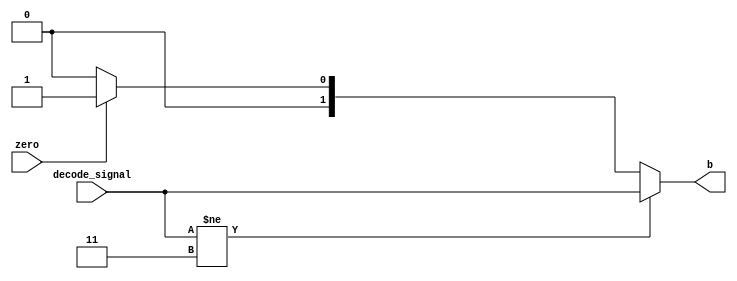
module branch(decode_signal,zero,b);
input [1:0] decode_signal;
input zero;
output reg [1:0] b;
always@(decode_signal or zero)begin
if(decode_signal != 2'b11)begin
	b<=decode_signal;

end else begin
	if(zero == 0)begin
		b <= 0;
	end else begin
		b <= 2'b01;
	end
end
end

endmodule